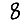
Digit: 8